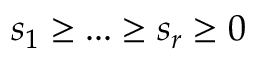
s _ { 1 } \geq . . . \geq s _ { r } \geq 0